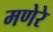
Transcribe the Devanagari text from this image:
मणेरे